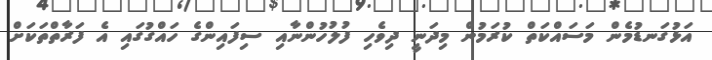
އަޅުގަނޑުމެން މަސައްކަތް ކުރަމުން މިދަނީ ދިވެހި ފުލުހުންނާއި ސިފައިންގެ ހައްގުގައި އެ ފަރާތްތަކަށް